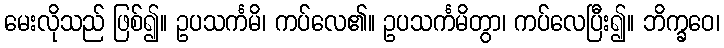
မေးလိုသည် ဖြစ်၍။ ဥပသင်္ကမိ၊ ကပ်လေ၏။ ဥပသင်္ကမိတွာ၊ ကပ်လေပြီး၍။ ဘိက္ခဝေ၊